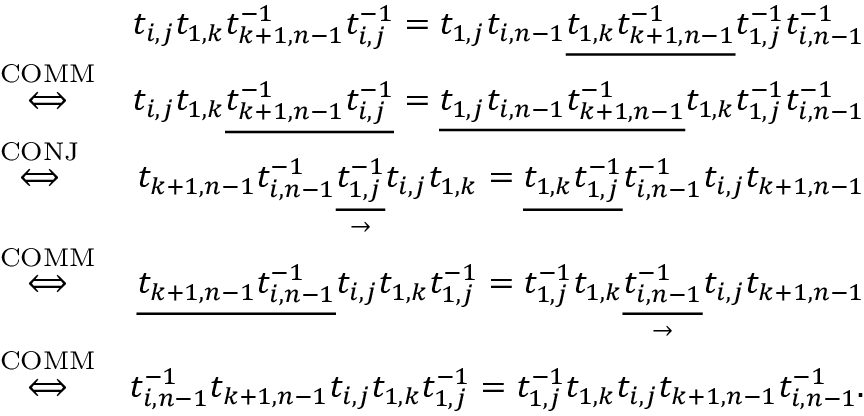
\begin{array} { r l r } & { } & { t _ { i , j } t _ { 1 , k } t _ { k + 1 , n - 1 } ^ { - 1 } t _ { i , j } ^ { - 1 } = t _ { 1 , j } t _ { i , n - 1 } \underline { { t _ { 1 , k } t _ { k + 1 , n - 1 } ^ { - 1 } } } t _ { 1 , j } ^ { - 1 } t _ { i , n - 1 } ^ { - 1 } } \\ & { \stackrel { \mathrm { C O M M } } { \Longleftrightarrow } } & { t _ { i , j } t _ { 1 , k } \underline { { t _ { k + 1 , n - 1 } ^ { - 1 } t _ { i , j } ^ { - 1 } } } = \underline { { t _ { 1 , j } t _ { i , n - 1 } t _ { k + 1 , n - 1 } ^ { - 1 } } } t _ { 1 , k } t _ { 1 , j } ^ { - 1 } t _ { i , n - 1 } ^ { - 1 } } \\ & { \stackrel { \mathrm { C O N J } } { \Longleftrightarrow } } & { t _ { k + 1 , n - 1 } t _ { i , n - 1 } ^ { - 1 } \underset { \rightarrow } { \underline { { t _ { 1 , j } ^ { - 1 } } } } t _ { i , j } t _ { 1 , k } = \underline { { t _ { 1 , k } t _ { 1 , j } ^ { - 1 } } } t _ { i , n - 1 } ^ { - 1 } t _ { i , j } t _ { k + 1 , n - 1 } } \\ & { \stackrel { \mathrm { C O M M } } { \Longleftrightarrow } } & { \underline { { t _ { k + 1 , n - 1 } t _ { i , n - 1 } ^ { - 1 } } } t _ { i , j } t _ { 1 , k } t _ { 1 , j } ^ { - 1 } = t _ { 1 , j } ^ { - 1 } t _ { 1 , k } \underset { \rightarrow } { \underline { { t _ { i , n - 1 } ^ { - 1 } } } } t _ { i , j } t _ { k + 1 , n - 1 } } \\ & { \stackrel { \mathrm { C O M M } } { \Longleftrightarrow } } & { t _ { i , n - 1 } ^ { - 1 } t _ { k + 1 , n - 1 } t _ { i , j } t _ { 1 , k } t _ { 1 , j } ^ { - 1 } = t _ { 1 , j } ^ { - 1 } t _ { 1 , k } t _ { i , j } t _ { k + 1 , n - 1 } t _ { i , n - 1 } ^ { - 1 } . } \end{array}